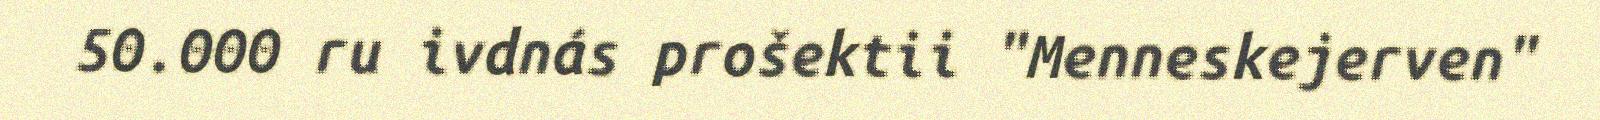
50.000 ru ivdnás prošektii "Menneskejerven"